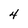
Character: 4